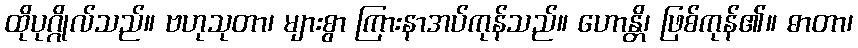
ထိုပုဂ္ဂိုလ်သည်။ ဗဟုသုတာ၊ များစွာ ကြားနာအပ်ကုန်သည်။ ဟောန္တိ၊ ဖြစ်ကုန်၏။ ဓာတာ၊